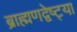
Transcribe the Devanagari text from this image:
ब्राह्मणद्वेष्ट्या